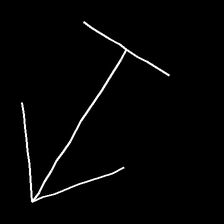
Glyph: levitation